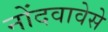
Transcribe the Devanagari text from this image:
नोंदवावेसे